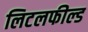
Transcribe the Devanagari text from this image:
लिटलफील्ड